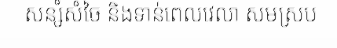
សន្សំសំចៃ និងទាន់ពេលវេលា សមស្រប